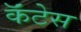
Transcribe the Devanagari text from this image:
कॅंटेस